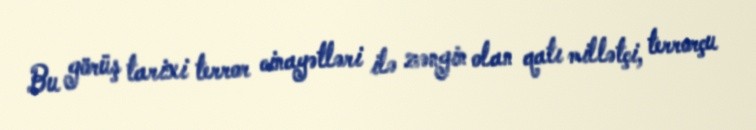
Bu görüş tarixi terror cinayətləri ilə zəngin olan qatı millətçi, terrorçu